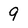
Character: 9